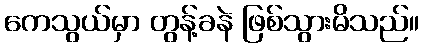
ကေသွယ်မှာ တွန့်ခနဲ ဖြစ်သွားမိသည်။